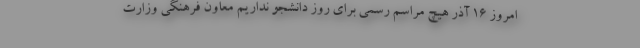
امروز 16 آذر هیچ مراسم رسمی برای روز دانشجو نداریم معاون فرهنگی وزارت